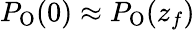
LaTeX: P_{\mathrm{O}}(0)\approx P_{\mathrm{O}}(z_{f})